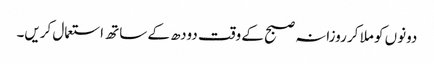
دونوں کو ملا کر روزانہ صبح کے وقت دودھ کے ساتھ استعمال کریں۔